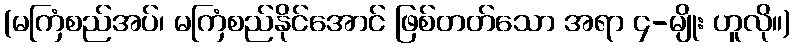
(မကြံစည်အပ်၊ မကြံစည်နိုင်အောင် ဖြစ်တတ်သော အရာ ၄-မျိုး ဟူလို။)